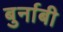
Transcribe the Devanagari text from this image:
बुर्नाबी